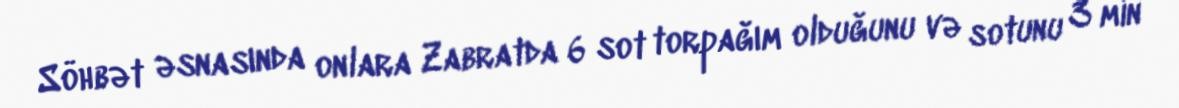
Söhbət əsnasında onlara Zabratda 6 sot torpağım olduğunu və sotunu 3 min